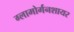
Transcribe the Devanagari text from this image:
ग्लामोर्गनशायर